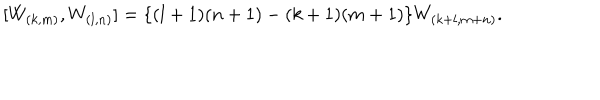
[ W _ { ( k , m ) } , W _ { ( l , n ) } ] = \{ ( l + 1 ) ( n + 1 ) - ( k + 1 ) ( m + 1 ) \} W _ { ( k + l , m + n ) } .